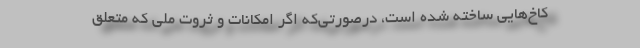
كاخ‌هايي ساخته شده است، درصورتي‌كه اگر امكانات و ثروت ملي كه متعلق